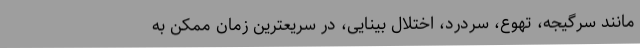
مانند سرگیجه، تهوع، سردرد، اختلال بینایی، در سریعترین زمان ممکن به